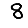
Digit: 8